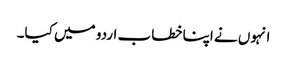
انہوں نے اپنا خطاب اردو میں کیا۔